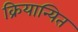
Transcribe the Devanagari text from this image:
क्रियान्यित